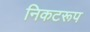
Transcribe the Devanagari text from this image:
निकटरूप